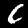
Digit: 6